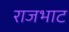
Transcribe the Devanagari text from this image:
राजभाट